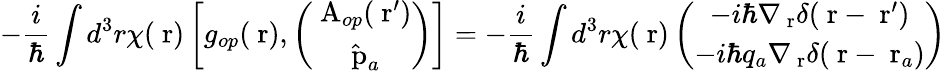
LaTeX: -\frac{i}{\hbar}\int d^{3}r\chi(\mathrm{\mathbf~r})\left[g_{op}(\mathrm{\mathbf~r}),\left(\begin{array}{c}{\mathrm{\mathbf~A}_{op}(\mathrm{\mathbf~r}^{\prime})}\\ {\hat{\mathrm{\mathbf~p}}_{a}}\end{array}\right)\right]=-\frac{i}{\hbar}\int d^{3}r\chi(\mathrm{\mathbf~r})\left(\begin{array}{c}{-i\hbar\nabla_{\mathrm{\mathbf~r}}\delta(\mathrm{\mathbf~r}-\mathrm{\mathbf~r}^{\prime})}\\ {-i\hbar q_{a}\nabla_{\mathrm{\mathbf~r}}\delta(\mathrm{\mathbf~r}-\mathrm{\mathbf~r}_{a})}\end{array}\right)